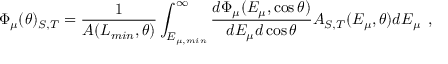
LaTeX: \Phi _ { \mu } ( \theta ) _ { S , T } = \frac { 1 } { A ( L _ { m i n } , \theta ) } \int _ { E _ { \mu , m i n } } ^ { \infty } \frac { d \Phi _ { \mu } ( E _ { \mu } , \cos \theta ) } { d E _ { \mu } d \cos \theta } A _ { S , T } ( E _ { \mu } , \theta ) d E _ { \mu } \, \; ,